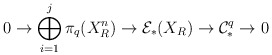
\begin{align*} 0 \to \bigoplus_{i=1}^{j} \pi_{q}(X^{n}_R) \to \mathcal{E}_*(X_R) \to \mathcal{C}^q_{*} \to 0 \end{align*}